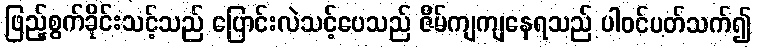
ဖြည့်စွက်ခိုင်းသင့်သည် ပြောင်းလဲသင့်ပေသည် ဇိမ်ကျကျနေရသည် ပါဝင်ပတ်သက်၍